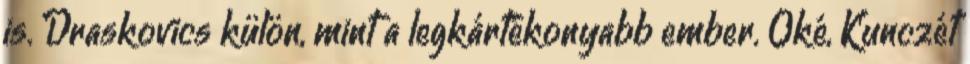
is. Draskovics külön, mint a legkártékonyabb ember. Oké, Kunczét